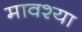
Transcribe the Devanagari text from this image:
मावश्या